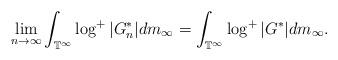
LaTeX: \begin{align*}\lim_{n\rightarrow\infty}\int_{\mathbb{T}^\infty}\log^{+}|G_n^{*}|dm_\infty=\int_{\mathbb{T}^\infty}\log^{+}|G^{*}|dm_\infty.\end{align*}